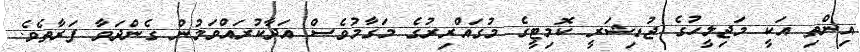
އިންތި އަކީ މަޖިލީހުގެ ޖުޑިޝަރީ ކޮމިޓީގެ މުގައްރިރުގެ މަގާމުވެސް އަދާކުރައްވަމުން ގެންދަވާ ފަރާތެވެ.